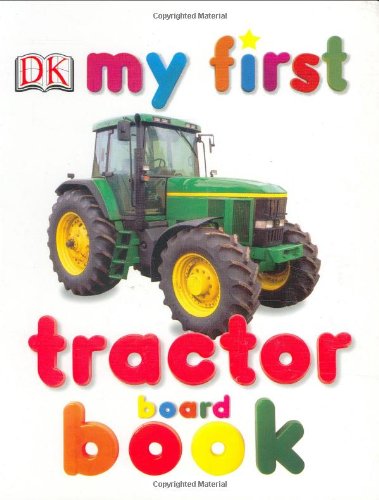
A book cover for My First Tractor Board Book (My 1st Board Books); DK; Children's Books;